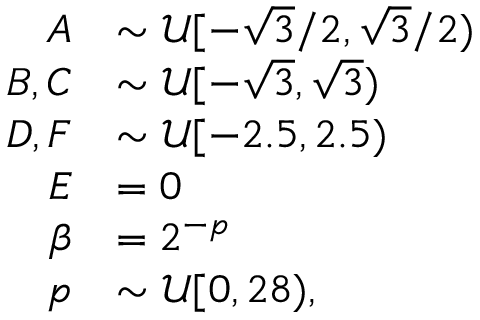
\begin{array} { r l } { A } & { \sim \mathcal { U } [ - \sqrt { 3 } / 2 , \sqrt { 3 } / 2 ) } \\ { B , C } & { \sim \mathcal { U } [ - \sqrt { 3 } , \sqrt { 3 } ) } \\ { D , F } & { \sim \mathcal { U } [ - 2 . 5 , 2 . 5 ) } \\ { E } & { = 0 } \\ { \beta } & { = 2 ^ { - p } } \\ { p } & { \sim \mathcal { U } [ 0 , 2 8 ) , } \end{array}